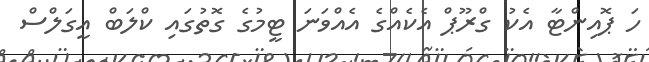
ހަ ޕޮއިންޓާ އެކު ގްރޫޕް އެކެއްގެ އެއްވަނަ ޓީމުގެ ގޮތުގައި ކްލަބް އީގަލްސް